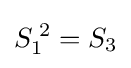
S_{1}^{\;2}=S_{3}